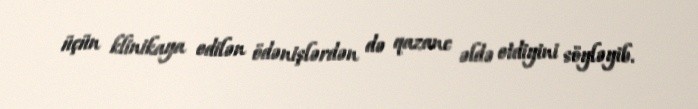
üçün klinikaya edilən ödənişlərdən də qazanc əldə etdiyini söyləyib.